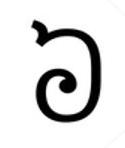
៦